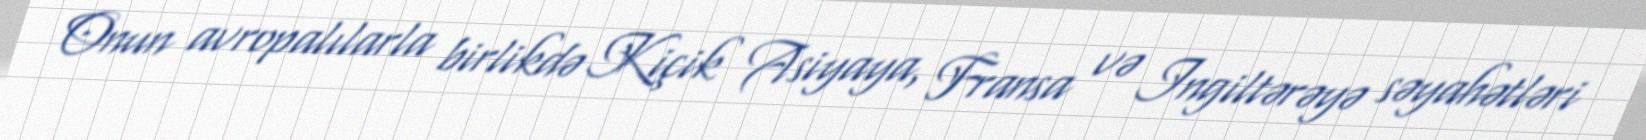
Onun avropalılarla birlikdə Kiçik Asiyaya, Fransa və Ingiltərəyə səyahətləri